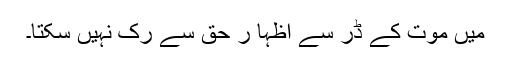
مَیں موت کے ڈر سے اظہا ر حق سے رک نہیں سکتا۔